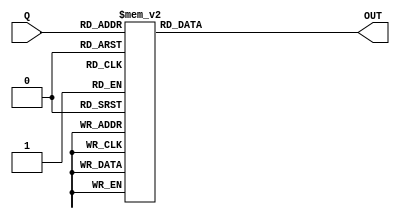
module Display7 (
	input [3:0] Q,
	output reg [6:0] OUT
);
	always@(Q) begin
		case(Q)
			0: OUT = 7'b1000000;
			1: OUT = 7'b1111001;
			2: OUT = 7'b0100100;
			3: OUT = 7'b0110000;
			4: OUT = 7'b0011001;
			5: OUT = 7'b0010010;
			6: OUT = 7'b0000010;
			7: OUT = 7'b1111000;
			8: OUT = 7'b0000000;
			9: OUT = 7'b0010000;
			default: begin
				OUT = 7'b1111111;
			end
		endcase
	end
endmodule